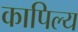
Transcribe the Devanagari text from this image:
कापिल्य